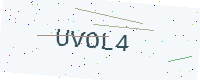
Text: UVOL4